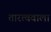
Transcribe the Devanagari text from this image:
तारत्ववाला